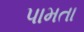
પામતા